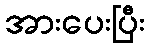
အားပေးပြီး